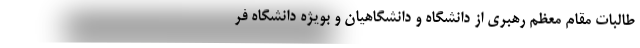
طالبات مقام معظم رهبری از دانشگاه و دانشگاهیان و بویژه دانشگاه فر